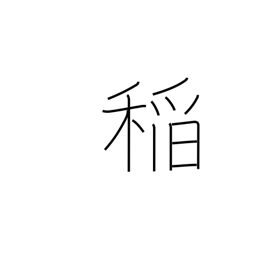
Meaning: rice plant